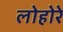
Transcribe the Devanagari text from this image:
लोहोरे